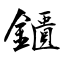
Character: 鑎